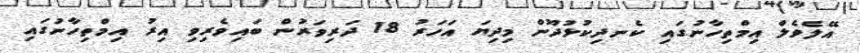
އޭލެވެލް އިމްތިހާނުގައި ކެނދިކުޅުދޫން މިދިޔަ އަހަރު 18 ދަރިވަރުން ބައިވެރިވި އިރު އިމްތިހާނުގައި